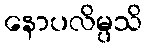
နောပလိမ္ပသိ